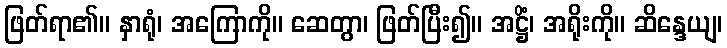
ဖြတ်ရာ၏။ နှာရုံ၊ အကြောကို။ ဆေတွာ၊ ဖြတ်ပြီး၍။ အဋ္ဌိံ၊ အရိုးကို။ ဆိန္ဒေယျ၊